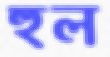
হুল